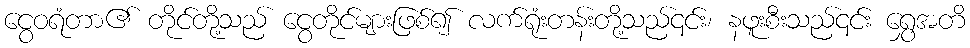
ငွေဝရံတာ၏ တိုင်တို့သည် ငွေတိုင်များဖြစ်၍ လက်ရုံးတန်းတို့သည်၎င်း၊ နဖူးစီးသည်၎င်း ရွှေအတိ